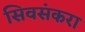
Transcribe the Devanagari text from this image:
सिवसंकरा